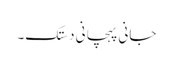
جانی پہچانی دستک۔